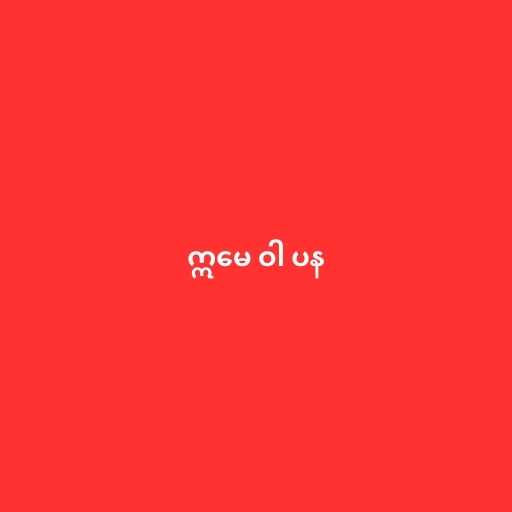
ဣမေ ဝါ ပန